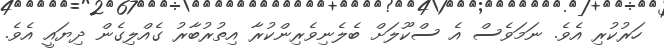
ހަރުކުރި އެވެ. ނަމަވެސް އެ ސްކޫލަށް ބެލެނިވެރިންކުރާ އިތުރުބާރު ގެއްލިގެން ދިޔައީ އެވެ.